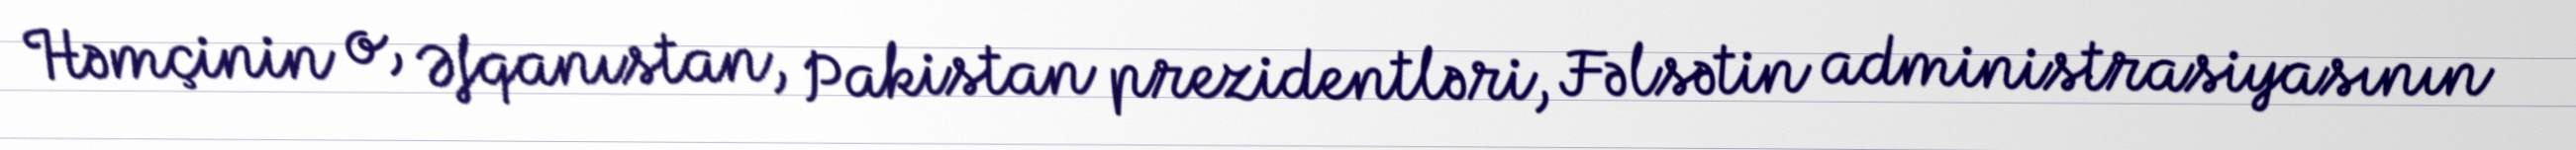
Həmçinin o, Əfqanıstan, Pakistan prezidentləri, Fəlsətin administrasiyasının